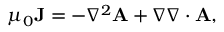
\mu _ { 0 } \mathbf { J } = - \nabla ^ { 2 } \mathbf { A } + \nabla \nabla \cdot \mathbf { A } ,